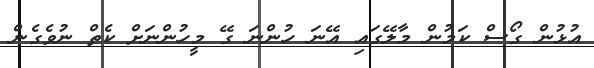
އުޅުން ގޯސް ކަމުން މާލޭގައި އޭނަ ހުންނަ ގޭ މީހުންނަށް ކެތް ނުވެގެން